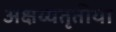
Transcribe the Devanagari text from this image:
अक्षय्यतृतीया